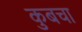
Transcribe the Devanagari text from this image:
कुबचा